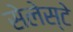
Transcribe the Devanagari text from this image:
सेलेस्टे